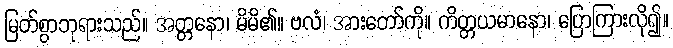
မြတ်စွာဘုရားသည်။ အတ္တနော၊ မိမိ၏။ ဗလံ၊ အားတော်ကို။ ကိတ္တယမာနော၊ ပြောကြားလို၍။